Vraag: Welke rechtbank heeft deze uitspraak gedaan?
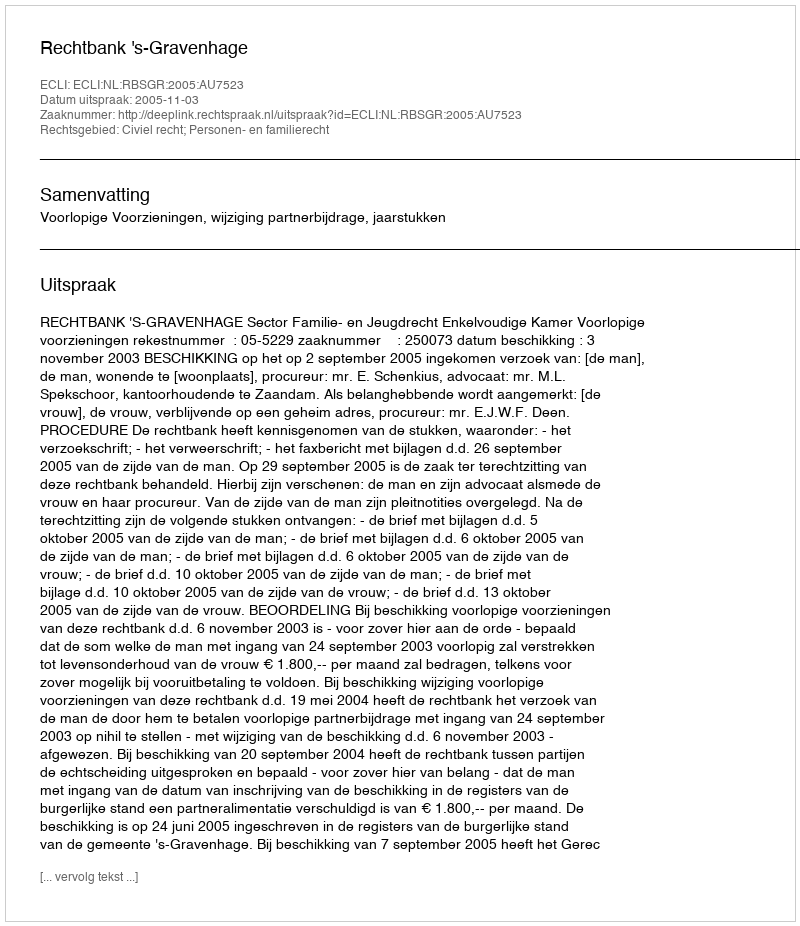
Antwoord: Rechtbank 's-Gravenhage